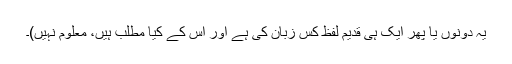
یہ دونوں یا پھر ایک ہی قدیم لفظ کس زبان کی ہے اور اس کے کیا مطلب ہیں، معلوم نہیں)۔